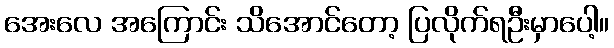
အေးလေ အကြောင်း သိအောင်တော့ ပြလိုက်ရဦးမှာပေါ့။